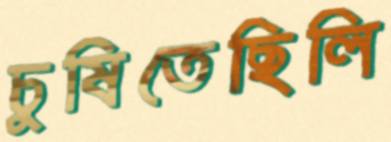
চুষিতেছিলি